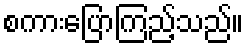
စကားပြောကြည့်သည်။